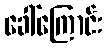
ခေါ်ကြောင်း